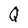
Character: Q